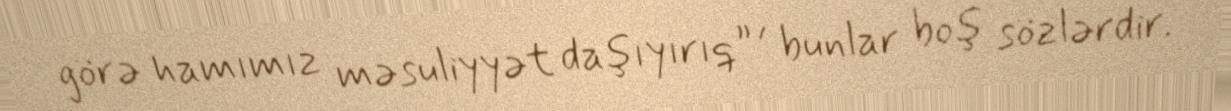
görə hamımız məsuliyyət daşıyırıq” , bunlar boş sözlərdir.